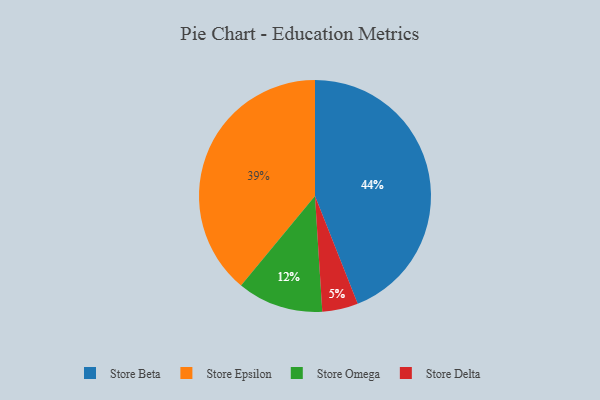
{"axis": {"x": "Category", "y": "Percentage"}, "legend": ["Store Beta", "Store Delta", "Store Epsilon", "Store Omega"], "data": [{"x": "Store Delta", "y": 5, "type": "Store Delta"}, {"x": "Store Epsilon", "y": 39, "type": "Store Epsilon"}, {"x": "Store Beta", "y": 44, "type": "Store Beta"}, {"x": "Store Omega", "y": 12, "type": "Store Omega"}]}